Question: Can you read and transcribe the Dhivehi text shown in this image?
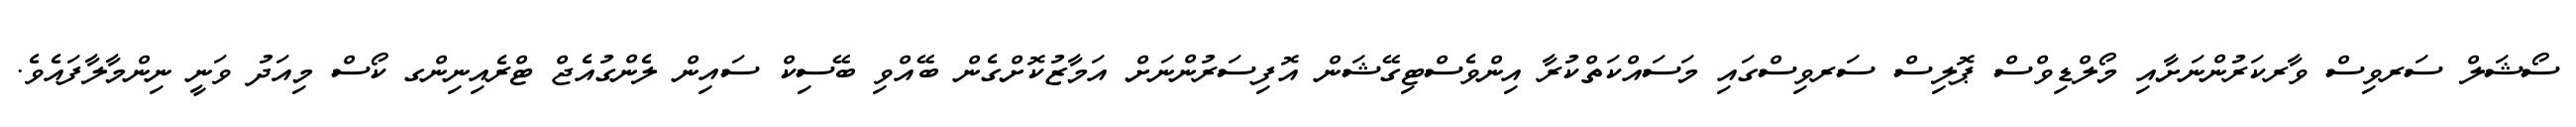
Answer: ސޯޝަލް ސަރވިސް ވާރކަރުންނަށާއި މޯލްޑިވްސް ޕޮލިސް ސަރވިސްގައި މަސައްކަތްކުރާ އިންވެސްޓިގޭޝަން އޮފިސަރުންނަށް އަމާޒުކޮށްގެން ބޭއްވި ބޭސިކް ސައިން ލެންގުއެޖް ޓްރެއިނިންގ ކޯސް މިއަދު ވަނީ ނިންމާލާފައެވެ.